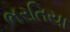
ભરતિયા